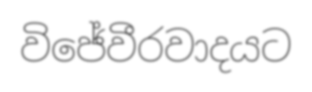
විජේවීරවාදයට